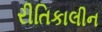
રીતિકાલીન